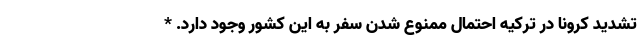
تشدید کرونا در ترکیه احتمال ممنوع شدن سفر به این کشور وجود دارد. *